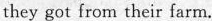
they got from their farm.